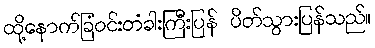
ထို့နောက်ခြံဝင်းတံခါးကြီးပြန် ပိတ်သွားပြန်သည်။